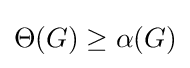
\Theta (G)\geq \alpha (G)